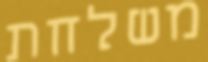
משלחת